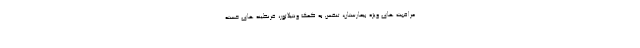
مراقبت های ویژه بیمارستان، تنفس به کمک ونتیلاتور، قرنطینه های خسته